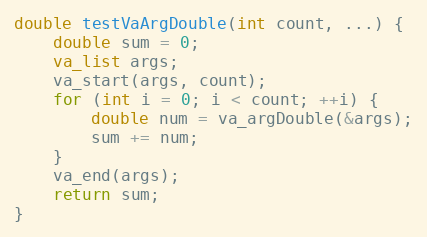
Language: C
double testVaArgDouble(int count, ...) {
    double sum = 0;
    va_list args;
    va_start(args, count);
    for (int i = 0; i < count; ++i) {
        double num = va_argDouble(&args);
        sum += num;
    }
    va_end(args);
    return sum;
}